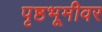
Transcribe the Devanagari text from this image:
पृष्ठभूमीवर